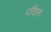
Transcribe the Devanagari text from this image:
जॅकेल